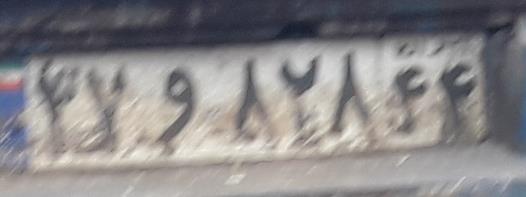
۳۷و۸۲۸۴۴